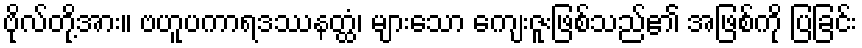
ဗိုလ်တို့အား။ ဗဟူပကာရဒဿနတ္ထံ၊ များသော ကျေးဇူးဖြစ်သည်၏ အဖြစ်ကို ပြခြင်း